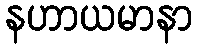
နဟာယမာနာ